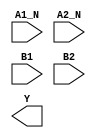
module sky130_fd_sc_hs__o2bb2ai (
    //# {{data|Data Signals}}
    input  A1_N,
    input  A2_N,
    input  B1  ,
    input  B2  ,
    output Y
);

    // Voltage supply signals
    supply1 VPWR;
    supply0 VGND;

endmodule